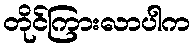
တိုင်ကြားလာပါက